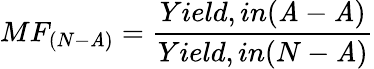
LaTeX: MF_{(N-\mathit{A})}=\frac{{Yield,in(\mathit{A}-\mathit{A})}}{{Yield,in(N-\mathit{A})}}